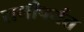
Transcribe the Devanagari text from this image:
राणीपर्यंत